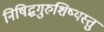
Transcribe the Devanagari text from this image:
निषिद्धगुरुशिष्यस्तु